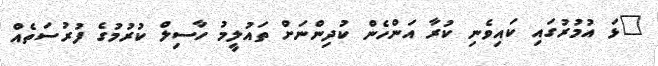
"ޅަ އުމުރުގައި ކައިވެނި ކުރާ އަންހެން ކުދިންނަށް ތައުލީމު ހާސިލް ކުރުމުގެ ފުރުސަތެއް